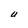
Character: U